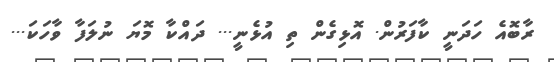
ރާބޮއެ ހަދަނީ ކާފަރުން. އޮޅިގެން ތި އުޅެނީ... ދައްކާ މޮޔަ ނުލަފާ ވާހަކަ...